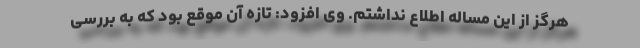
هرگز از این مساله اطلاع نداشتم. وی افزود: تازه آن موقع بود که به بررسی